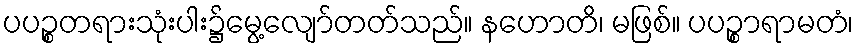
ပပဉ္စတရားသုံးပါး၌မွေ့လျော်တတ်သည်။ နဟောတိ၊ မဖြစ်။ ပပဉ္စာရာမတံ၊